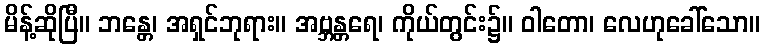
မိန့်ဆိုပြီ။ ဘန္တေ၊ အရှင်ဘုရား။ အဗ္ဘန္တရေ၊ ကိုယ်တွင်း၌။ ဝါတော၊ လေဟုခေါ်သော။